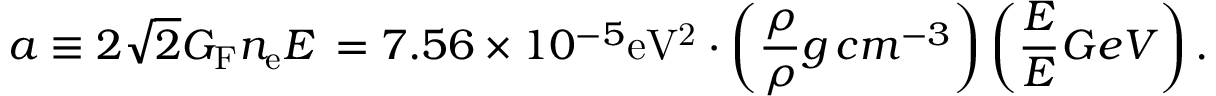
a \equiv 2 \sqrt { 2 } G _ { \mathrm { F } } n _ { \mathrm { e } } E \nonumber \, = 7 . 5 6 \times 1 0 ^ { - 5 } \mathrm { e V ^ { 2 } } \cdot \left( \frac { \rho } { \rho } { g \, c m ^ { - 3 } } \right) \left( \frac { E } { E } { G e V } \right) .